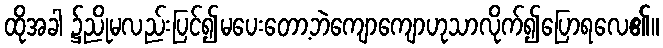
ထိုအခါ ၌ညိုမလည်းပြင်၍မပေးတော့ဘဲကျောကျောဟုသာလိုက်၍ပြောရလေ၏။